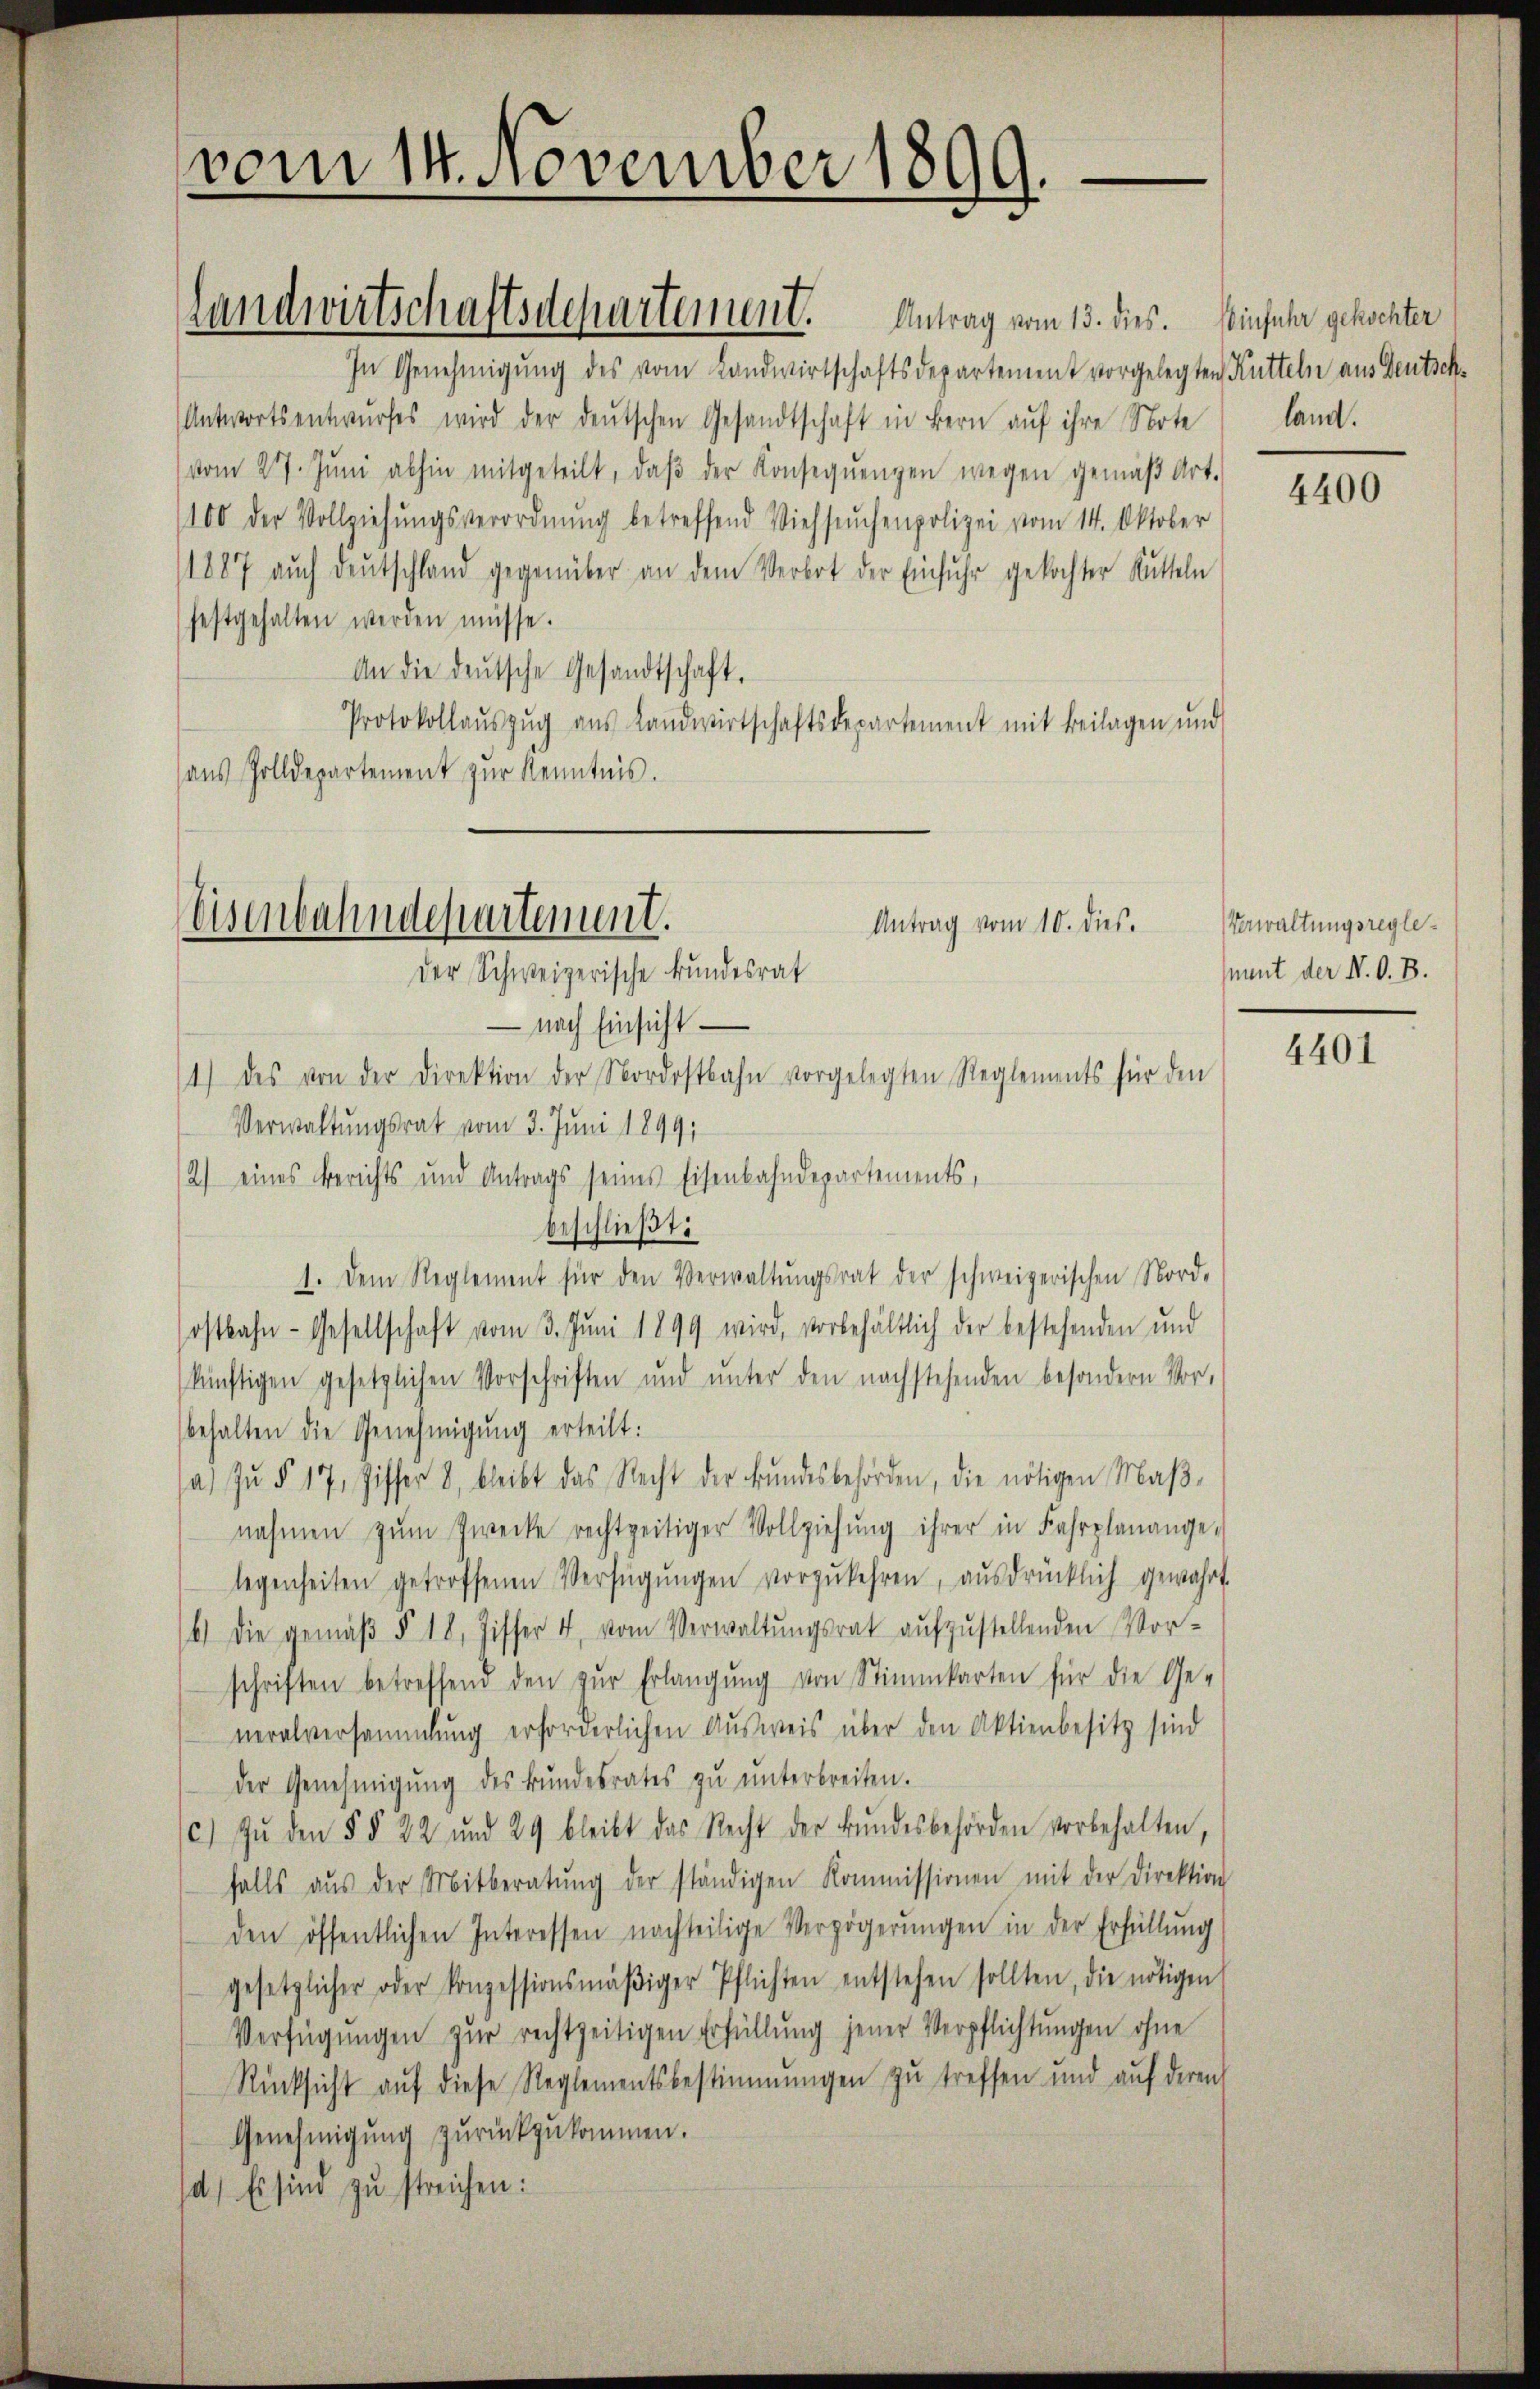
In Genehmigung des vom Landwirtschaftsdepartement vorgelegten Kutteln aus Deutsch¬
Antwortsentwurfes wird der deutschen Gesandtschaft in Bern auf ihre Note
vom 27. Jŭni abhin mitgeteilt, daβ der Konseqŭenzen wegen gemäβ Art.
100 der Vollziehŭngsverordnŭng betreffend Viehsuchenpolizei vom 14. Oktober
1887 auch deutschland gegenüber an dem Verbot der Einfuhr gekochter Rütteln
festgehalten werden müsse.
An die deŭtsche Gesandtschaft.
Protokollaŭszŭg aŭs Landwirtschaftsdepartement mit Beilagen und
aus Zolldepartement zur Kenntnis.

vom 14. November 1899.

Handwirtschaftsdepartement. Antrag vom 13. dies. Einfuhr gekochter

Weisenbahndepartement.
Antrag vom 10. dies.
der Schweizerische Bundesrat

- nach Einsicht
1) des von der Direktion der Nordostbahn vorgelegten Reglements für den
Verwaltungsrat vom 3. Juni 1899,
2) eines Berichts und Antrags seines Eisenbahndepartements,
beschließt:
1. Dem Reglement für den Verwaltŭngsrat der schweizerischen Nord-
ostbahn-Gesellschaft vom 3. Juni 1899 wird, vorbehältlich der bestehenden und
künftigen gesetzlichen Vorschriften und unter den nachstehenden besondern Vor-
behalten die Genehmigŭng erteilt:
a zŭ § 17, Ziffer 8, bleibt das Recht der Bŭndesbehörden, die nötigen Maβ-
nahmen zŭm Zwecke rechtzeitiger Vollziehŭng ihrer in Fahrplanange-
legenheiten getroffenen Verfügŭngen vorzukehren, ausdrücklich gewährt.
6) Die gemäβ § 18, Ziffer 4, vom Verwaltŭngsrat aufzustellenden Vor-
schriften betreffend den zŭr Erlangŭng von Stimmkarten für die Ge-
neralversammlung erforderlichen Ausweis über den Aktienbesitz sind
der Genehmigŭng des Bŭndesrates zŭ ŭnterbreiten.
c) Zŭ den § § 22 und 29 bleibt das Recht der Bŭndesbehörden vorbehalten,
falls aŭs der Mitberatŭng der ständigen Kommissionen mit der Direktion
den öffentlichen Interessen nachteilige Verzögerŭngen in der Erfüllŭng
gesetzlicher oder konzessionsmäβiger Pflichten entstehen sollten, die nötigen
Verfügŭngen zŭr rechtzeitigen Erfüllŭng jener Verpflichtŭngen ohne
Rücksicht auf diese Reglementsbestimmungen zu treffen und aŭf deren
Genehmigung zurückzukommen.
d.) Es sind zu streichen:

land.

4400

Verwaltungsreglemant der N. O. B.

4401